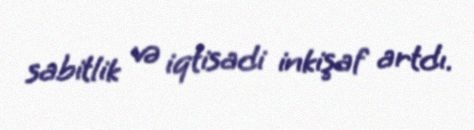
sabitlik və iqtisadi inkişaf artdı.